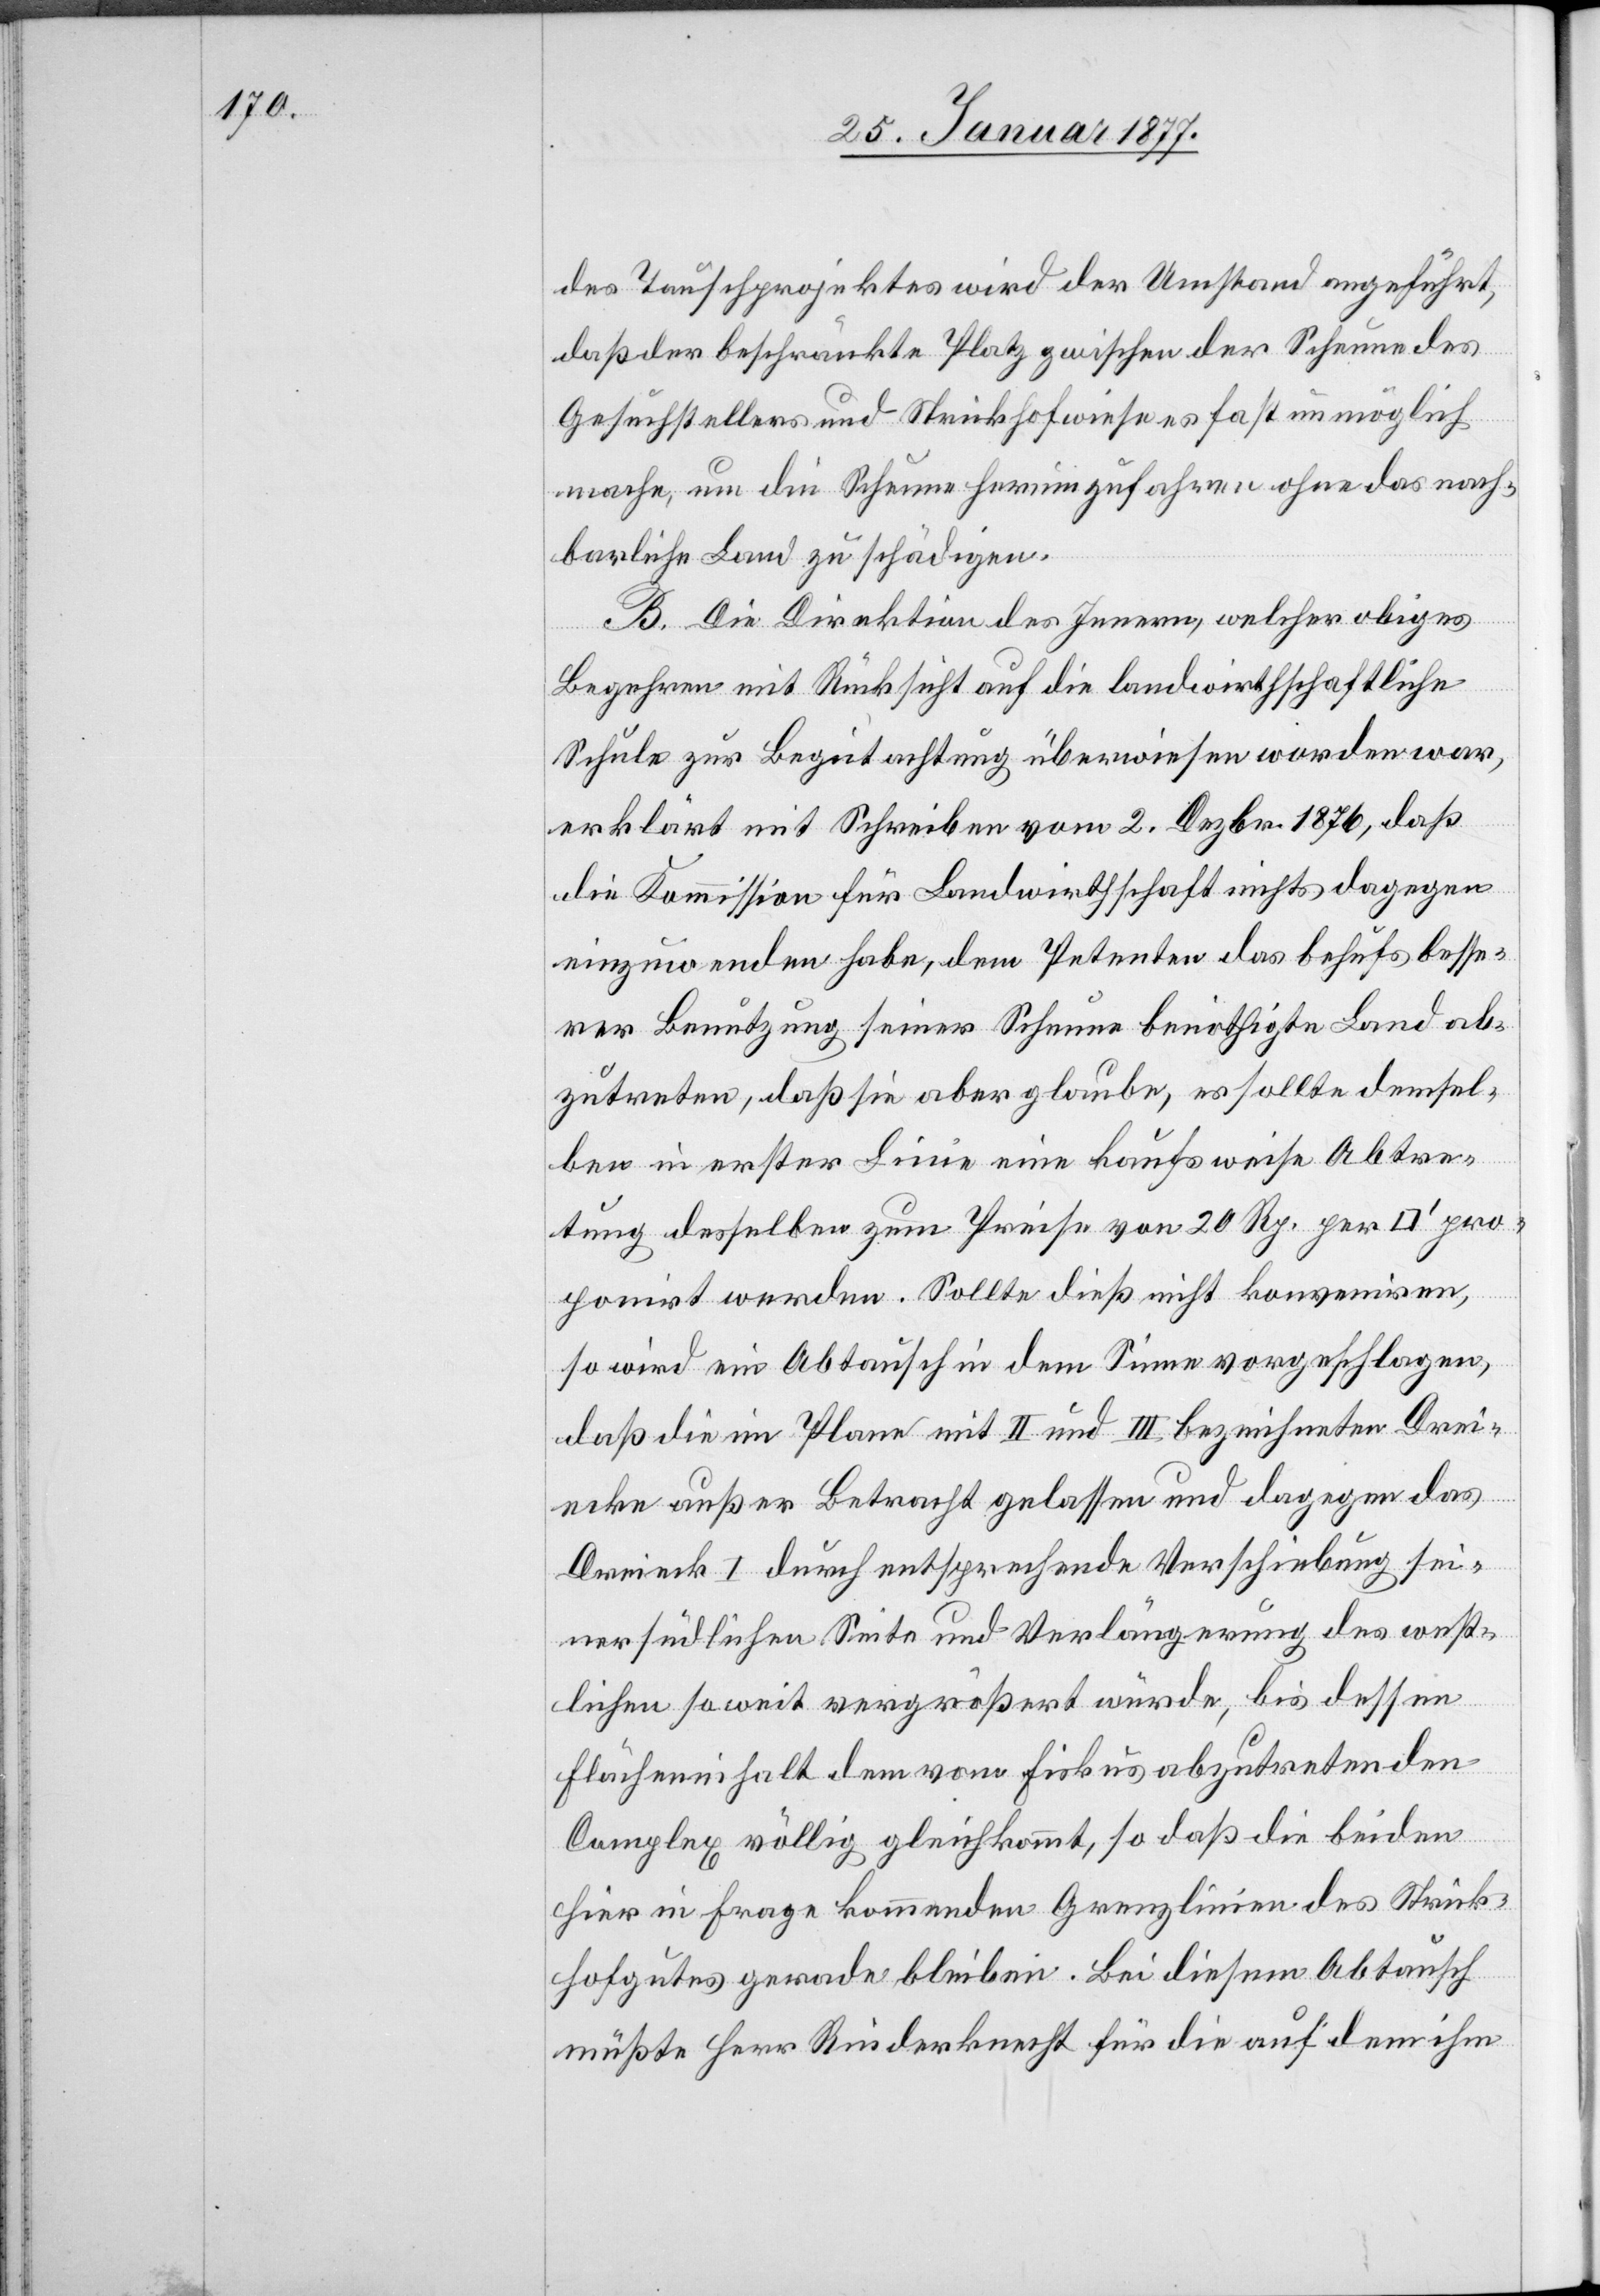
des Tauschprojektes wird der Umstand angeführt,
daß der beschränkte Platz zwischen der Scheune des
Gesuchstellers und Strickhofwiese es fast unmöglich
mache, um die Scheune herumzufahren ohne das nach¬
barliche Land zu schädigen.
wes¬
B. Die Direktion des Innern, welcher obiges
Begehren mit Rücksicht auf die landwirthschaftliche
Schule zur Begutachtung überwiesen worden war,
erklärt mit Schreiben vom 2. Dezbr. 1876, daß
die Kommission für Landwirthschaft nichts dagegen
einzuwenden habe, dem Petenten das behufs besse¬
rer Benutzung seiner Scheune benöthigte Land ab¬
zutreten, daß sie aber glaube, es sollte demsel¬
ben in erster Linie eine kaufsweise Abtre¬
tung desselben zum Preise von 20 Rp. per
ponirt werden. Sollte dieß nicht konveniren,
so wird ein Abtausch in dem Sinne vorgeschlagen,
daß die im Plane mit II und III bezeichneten Drei¬
ecke außer Betracht gelassen und dagegen das
Dreieck I durch entsprechende Verschiebung sei¬
ner südlichen Seite und Verlängerung des [si¬
tlichen so weit vergrößert würde, bis dessen
Flächeninhalt dem vom Fiskus abzutretenden
Complex völlig gleichkommt, so daß die beiden
hier in Frage kommenden Grenzlinien des Strick¬
hofgutes gerade bleiben. Bei diesem Abtausch
müßte Herr Rinderknecht für die auf dem ihm